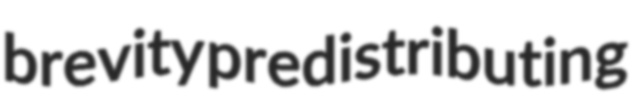
brevity predistributing